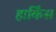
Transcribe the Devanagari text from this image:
हार्किंस